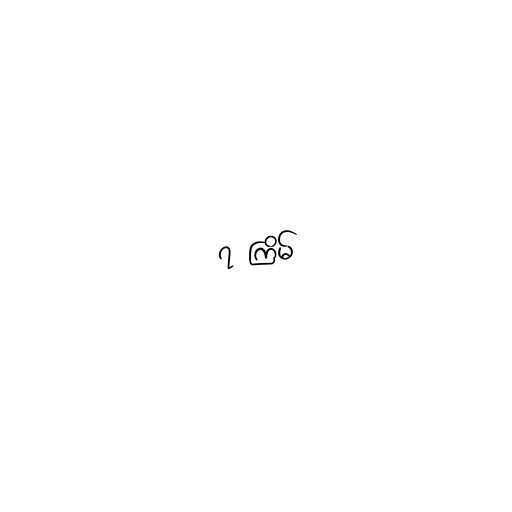
၇ ကြိမ်